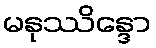
မနုဿိန္ဒော